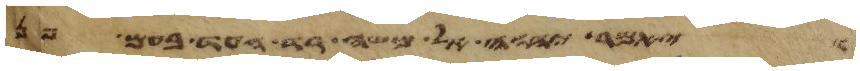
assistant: ויאמר יהוה אל משה רד העד בעם פן